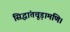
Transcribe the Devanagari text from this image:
सिद्धांतचूड़ामणि।